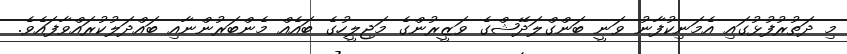
މި ދަތުރުފުޅުގައި އެމަނިކުފާނު ވަނީ ބަންގްލަދޭޝްގެ ވަޒީރުންގެ މަޖިލީހުގެ ބައެއް މެންބަރުންނާއި ބައްދަލުކުރައްވާފައެވެ.